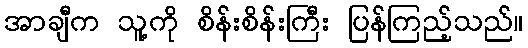
အာချီက သူ့ကို စိန်းစိန်းကြီး ပြန်ကြည့်သည်။